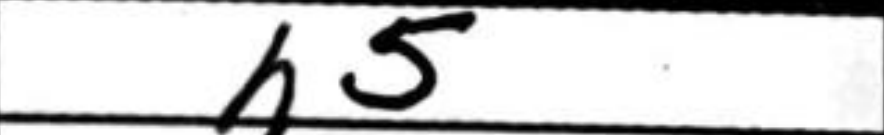
Transcription: h5